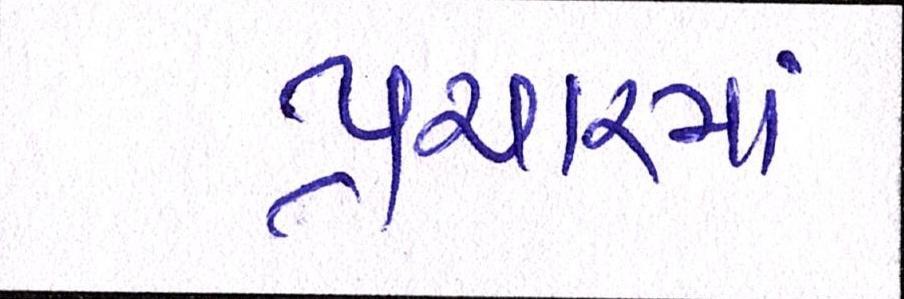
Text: પ્રચારમાં